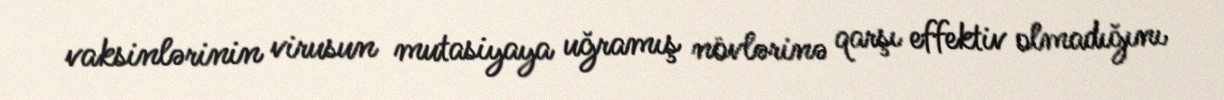
vaksinlərinin virusun mutasiyaya uğramış növlərinə qarşı effektiv olmadığını